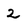
Character: 2